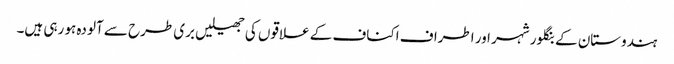
ہندوستان کے بنگلور شہر اور اطراف اکناف کے علاقوں کی جھیلیں بری طرح سے آلودہ ہو رہی ہیں۔